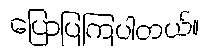
ပြောပြကြပါတယ်။